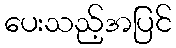
ပေးသည့်အပြင်